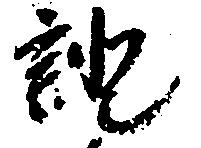
証